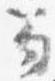
笏